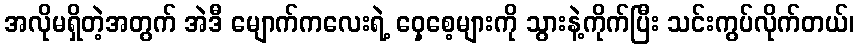
အလိုမရှိတဲ့အတွက် အဲဒီ မျောက်ကလေးရဲ့ ဝှေ့စေ့များကို သွားနဲ့ကိုက်ပြီး သင်းကွပ်လိုက်တယ်၊